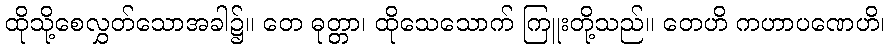
ထိုသို့စေလွှတ်သောအခါ၌။ တေ ဓုတ္တာ၊ ထိုသေသောက် ကြူးတို့သည်။ တေဟိ ကဟာပဏေဟိ၊